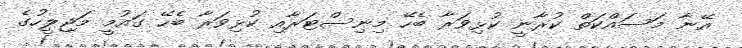
އޭނާ މަސައްކަތް ކުރާނީ ކުޅިވަރާ ބެހޭ މިނިސްޓަރާއި ކުޅިވަރާ ބެހޭ ގައުމީ މަޖިލީހުގެ